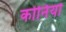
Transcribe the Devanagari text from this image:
कोर्नियों